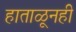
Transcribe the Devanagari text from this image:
हाताळूनही